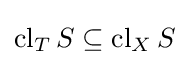
\operatorname {cl} _{T}S\subseteq \operatorname {cl} _{X}S